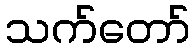
သက်တော်